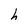
Character: h